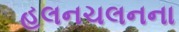
હલનચલનના